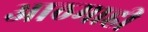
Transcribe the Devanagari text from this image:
आठमाही